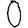
Digit: 0